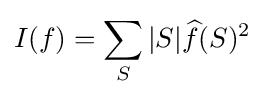
I(f)=\sum _{S}|S|{\widehat {f}}(S)^{2}